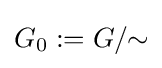
G_{0}:=G/\!\!\sim